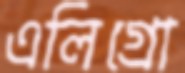
এলিগ্রো